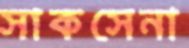
সাকসেনা